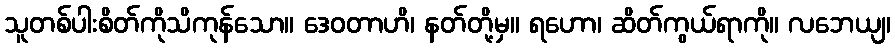
သူတစ်ပါးစိတ်ကိုသိကုန်သော။ ဒေဝတာဟိ၊ နတ်တို့မှ။ ရဟော၊ ဆိတ်ကွယ်ရာကို။ လဘေယျ၊